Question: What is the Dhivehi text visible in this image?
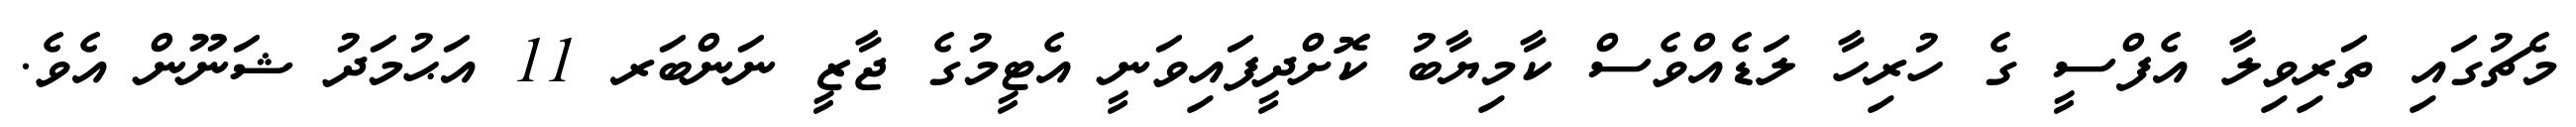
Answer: މެޗުގައި ތަރިވިލާ އެފްސީ ގެ ހުރިހާ ލަޑެއްވެސް ކާމިޔާބު ކޮށްދީފައިވަނީ އެޓީމުގެ ޖާޒީ ނަންބަރ 11 އަޙުމަދު ޝަނޫން އެވެ.